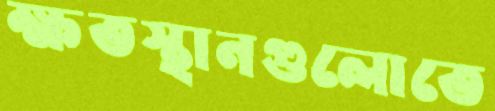
ক্ষতস্থানগুলোতে